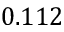
0 . 1 1 2